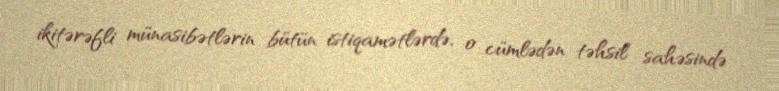
ikitərəfli münasibətlərin bütün istiqamətlərdə, o cümlədən təhsil sahəsində